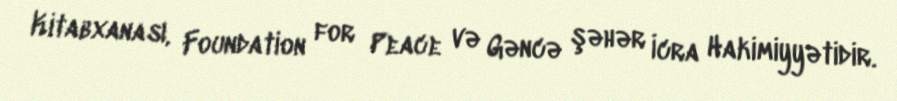
Kitabxanası, Foundation for Peace və Gəncə şəhər İcra Hakimiyyətidir.